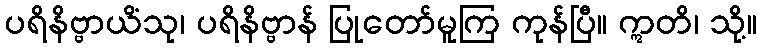
ပရိနိဗ္ဗာယိံသု၊ ပရိနိဗ္ဗာန် ပြုတော်မူကြ ကုန်ပြီ။ ဣတိ၊ သို့။